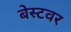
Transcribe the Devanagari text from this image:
बेस्टवर